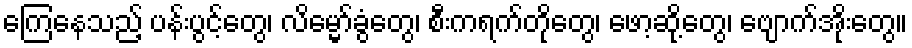
ကြေနေသည့် ပန်းပွင့်တွေ၊ လိမ္မော်ခွံတွေ၊ စီးကရက်တိုတွေ၊ ဖော့ဆို့တွေ၊ ဗျောက်အိုးတွေ။